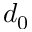
d _ { 0 }